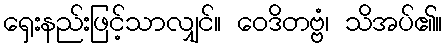
ရှေးနည်းဖြင့်သာလျှင်။ ဝေဒိတဗ္ဗံ၊ သိအပ်၏။